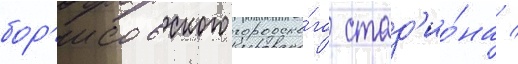
бор'исовского городско́го стад'ио́на /